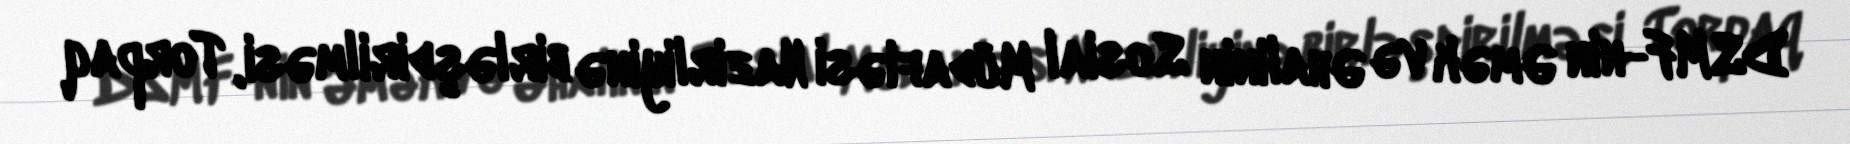
DSMF-nin Əmək və Əhalinin Sosial Müdafiəsi Nazirliyinə birləşdirilməsi, Torpaq